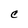
Character: C